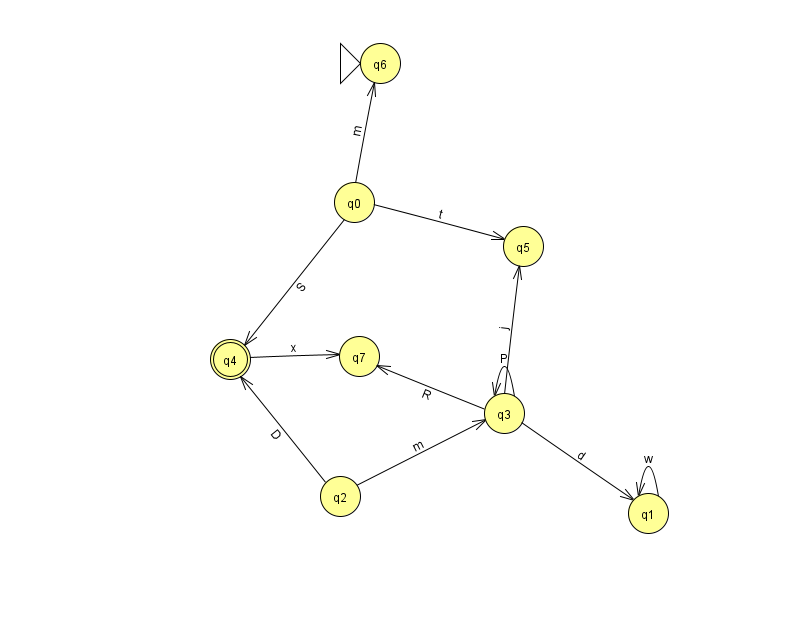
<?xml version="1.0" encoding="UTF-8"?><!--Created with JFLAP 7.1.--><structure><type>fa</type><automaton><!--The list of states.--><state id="0" name="q0"><x>354.0</x><y>189.0</y></state><state id="1" name="q1"><x>648.0</x><y>500.0</y></state><state id="2" name="q2"><x>340.0</x><y>483.0</y></state><state id="3" name="q3"><x>504.0</x><y>400.0</y></state><state id="4" name="q4"><x>230.0</x><y>346.0</y><final/></state><state id="5" name="q5"><x>523.0</x><y>233.0</y></state><state id="6" name="q6"><x>380.0</x><y>50.0</y><initial/></state><state id="7" name="q7"><x>359.0</x><y>343.0</y></state><!--The list of transitions.--><transition><from>3</from><to>3</to><read>P</read></transition><transition><from>3</from><to>7</to><read>R</read></transition><transition><from>2</from><to>3</to><read>m</read></transition><transition><from>1</from><to>1</to><read>w</read></transition><transition><from>0</from><to>4</to><read>S</read></transition><transition><from>3</from><to>5</to><read>j</read></transition><transition><from>4</from><to>7</to><read>x</read></transition><transition><from>0</from><to>6</to><read>m</read></transition><transition><from>2</from><to>4</to><read>D</read></transition><transition><from>0</from><to>5</to><read>t</read></transition><transition><from>3</from><to>1</to><read>d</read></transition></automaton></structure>